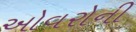
ઓવરોની